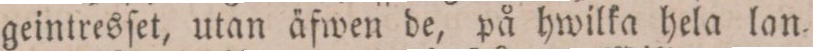
geintresſet, utan äfwen de, på hwilka hela lan=